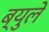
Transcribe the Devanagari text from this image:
ब्युले